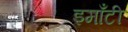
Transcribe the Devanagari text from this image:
इमाँटी